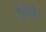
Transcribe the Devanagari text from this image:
हेगेम